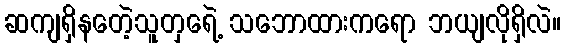
ဆကျရှိနတေဲ့သူတှရေဲ့ သဘောထားကရော ဘယျလိုရှိလဲ။